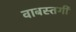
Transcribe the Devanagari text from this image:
वाबस्तगी